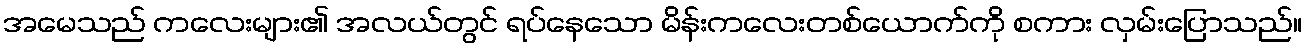
အမေသည် ကလေးများ၏ အလယ်တွင် ရပ်နေသော မိန်းကလေးတစ်ယောက်ကို စကား လှမ်းပြောသည်။